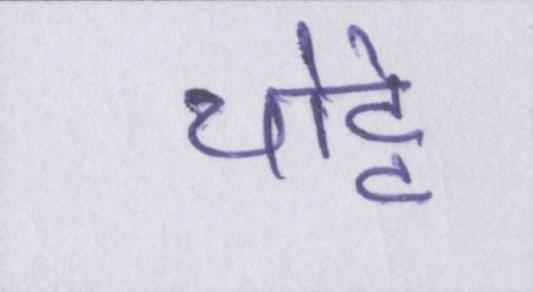
चोट्टे